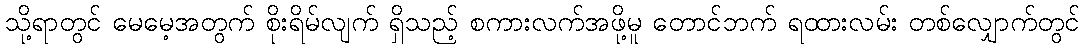
သို့ရာတွင် မေမေ့အတွက် စိုးရိမ်လျက် ရှိသည့် စကားလက်အဖို့မူ တောင်ဘက် ရထားလမ်း တစ်လျှောက်တွင်